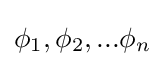
\phi _{1},\phi _{2},...\phi _{n}